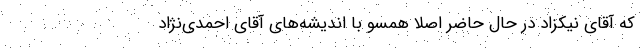
که آقای نیکزاد در حال حاضر اصلا همسو با اندیشه‌های آقای احمدی‌نژاد